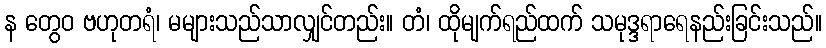
န တွေဝ ဗဟုတရံ၊ မများသည်သာလျှင်တည်း။ တံ၊ ထိုမျက်ရည်ထက် သမုဒ္ဒရာရေနည်းခြင်းသည်။